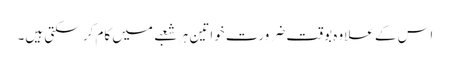
اس کے علاوہ بوقت ضرورت خواتین ہر شعبے میں کام کر سکتی ہیں۔